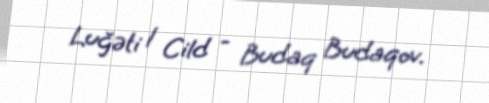
Luğəti 1 Cild - Budaq Budaqov.